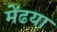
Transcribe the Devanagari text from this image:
मेंढया